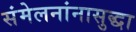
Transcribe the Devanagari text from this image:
संमेलनांनासुद्धा